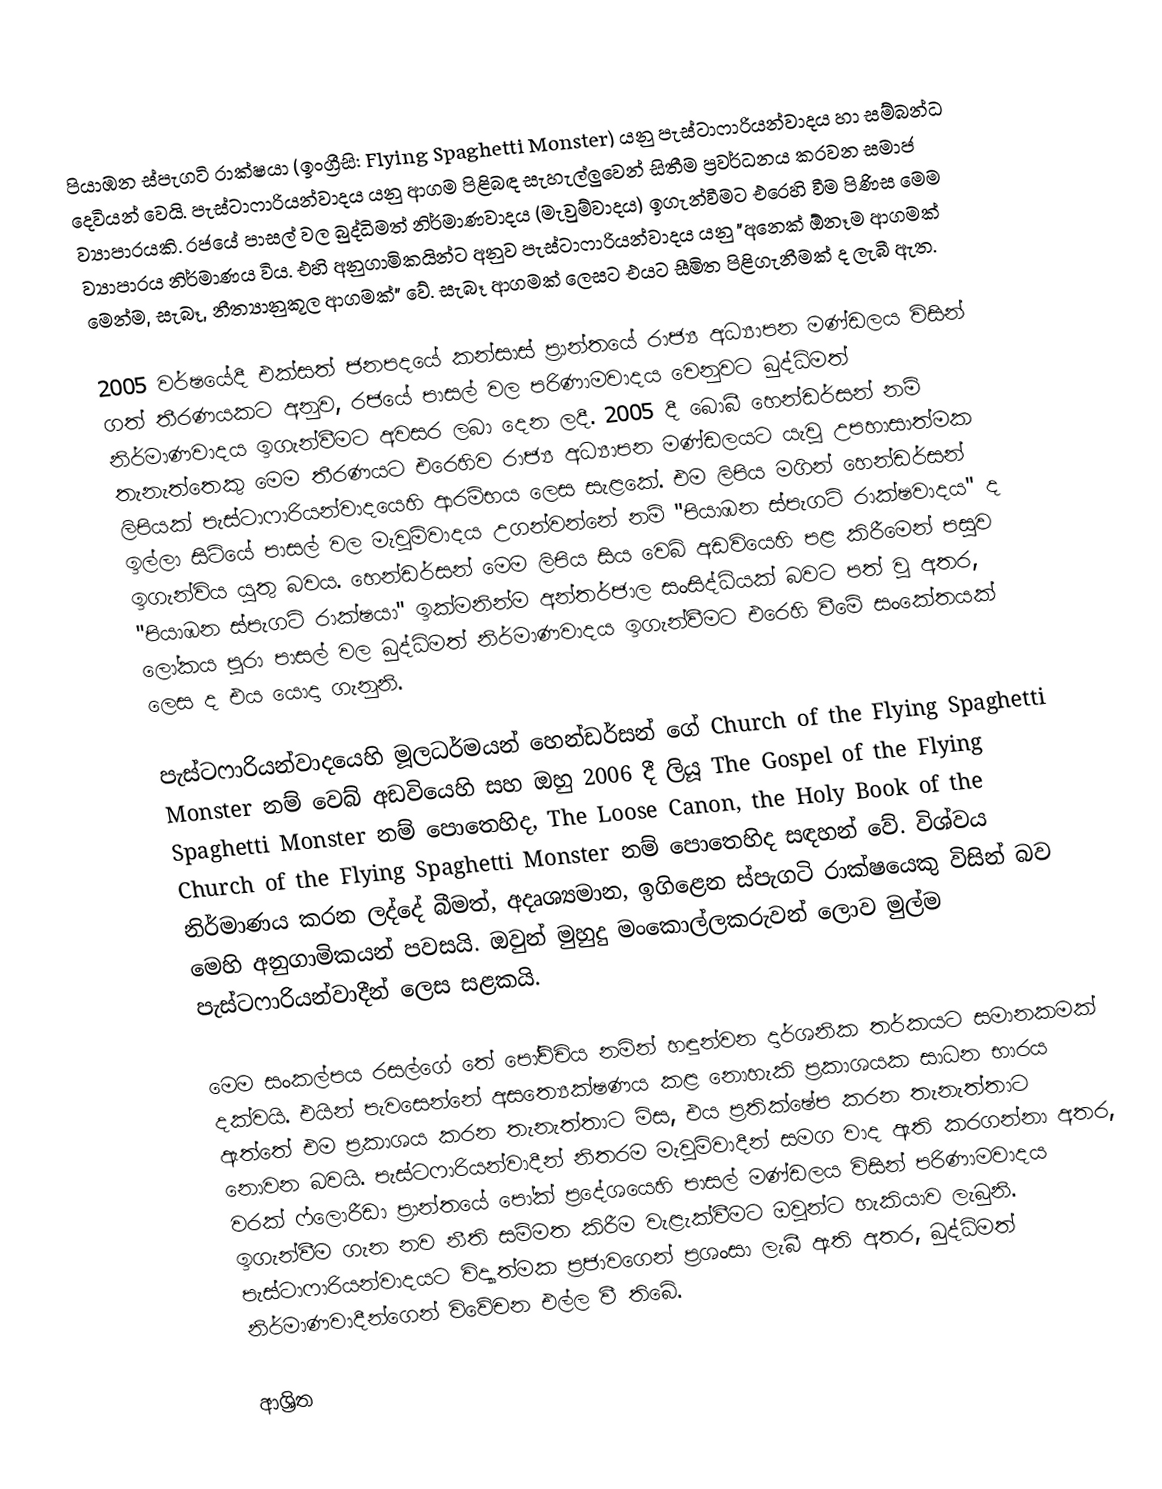
පියාඹන ස්පැගටි රාක්ෂයා (ඉංග්‍රීසි: Flying Spaghetti Monster) යනු පැස්ටාෆාරියන්වාදය හා සම්බන්ධ දෙවියන් වෙයි. පැස්ටාෆාරියන්වාදය යනු ආගම පිළිබඳ සැහැල්ලුවෙන් සිතීම ප්‍රවර්ධනය කරවන සමාජ ව්‍යාපාරයකි. රජයේ පාසල් වල බුද්ධිමත් නිර්මාණවාදය (මැවුම්වාදය) ඉගැන්වීමට එරෙහි වීම පිණිස මෙම ව්‍යාපාරය නිර්මාණය විය. එහි අනුගාමිකයින්ට අනුව පැස්ටාෆාරියන්වාදය යනු "අනෙක් ඕනෑම ආගමක් මෙන්ම, සැබෑ, නීත්‍යානුකූල ආගමක්" වේ. සැබෑ ආගමක් ලෙසට එයට සීමිත පිළිගැනීමක් ද ලැබී ඇත.

2005 වර්ෂයේදී එක්සත් ජනපදයේ කන්සාස් ප්‍රාන්තයේ රාජ්‍ය අධ්‍යාපන මණ්ඩලය විසින් ගත් තීරණයකට අනුව, රජයේ පාසල් වල පරිණාමවාදය වෙනුවට බුද්ධිමත් නිර්මාණවාදය ඉගැන්වීමට අවසර ලබා දෙන ලදී. 2005 දී බොබී හෙන්ඩර්සන් නම් තැනැත්තෙකු මෙම තීරණයට එරෙහිව රාජ්‍ය අධ්‍යාපන මණ්ඩලයට යැවූ උපහාසාත්මක ලිපියක් පැස්ටාෆාරියන්වාදයෙහි ආරම්භය ලෙස සැළකේ. එම ලිපිය මගින් හෙන්ඩර්සන් ඉල්ලා සිටියේ පාසල් වල මැවුම්වාදය උගන්වන්නේ නම් "පියාඹන ස්පැගටි රාක්ෂවාදය" ද ඉගැන්විය යුතු බවය. හෙන්ඩර්සන් මෙම ලිපිය සිය වෙබ් අඩවියෙහි පළ කිරීමෙන් පසුව "පියාඹන ස්පැගටි රාක්ෂයා" ඉක්මනින්ම අන්තර්ජාල සංසිද්ධියක් බවට පත් වූ අතර, ලෝකය පුරා පාසල් වල බුද්ධිමත් නිර්මාණවාදය ඉගැන්වීමට එරෙහි වීමේ සංකේතයක් ලෙස ද එය යොදා ගැනුනි.

පැස්ටෆාරියන්වාදයෙහි මූලධර්මයන් හෙන්ඩර්සන් ගේ Church of the Flying Spaghetti Monster නම් වෙබ් අඩවියෙහි සහ ඔහු 2006 දී ලියූ The Gospel of the Flying Spaghetti Monster නම් පොතෙහිද, The Loose Canon, the Holy Book of the Church of the Flying Spaghetti Monster නම් පොතෙහිද සඳහන් වේ. විශ්වය නිර්මාණය කරන ලද්දේ බීමත්, අදෘශ්‍යමාන, ඉගිළෙන ස්පැගටි රාක්ෂයෙකු විසින් බව මෙහි අනුගාමිකයන් පවසයි. ඔවුන් මුහුදු මංකොල්ලකරුවන් ලොව මුල්ම පැස්ටෆාරියන්වාදීන් ලෙස සළකයි.

මෙම සංකල්පය රසල්ගේ තේ පෝච්චිය නමින් හඳුන්වන දාර්ශනික තර්කයට සමානකමක් දක්වයි. එයින් පැවසෙන්නේ අසත්‍යෙක්ෂණය කළ නොහැකි ප්‍රකාශයක සාධන භාරය ඇත්තේ එම ප්‍රකාශය කරන තැනැත්තාට මිස, එය ප්‍රතික්ෂේප කරන තැනැත්තාට නොවන බවයි. පැස්ටෆාරියන්වාදීන් නිතරම මැවුම්වාදීන් සමග වාද ඇති කරගන්නා අතර, වරක් ෆ්ලොරීඩා ප්‍රාන්තයේ පෝක් ප්‍රදේශයෙහි පාසල් මණ්ඩලය විසින් පරිණාමවාදය ඉගැන්වීම ගැන නව නීති සම්මත කිරීම වැළැක්වීමට ඔවුන්ට හැකියාව ලැබුනි. පැස්ටාෆාරියන්වාදයට විද්‍යාත්මක ප්‍රජාවගෙන් ප්‍රශංසා ලැබී ඇති අතර, බුද්ධිමත් නිර්මාණවාදීන්ගෙන් විවේචන එල්ල වී තිබේ.

ආශ්‍රිත